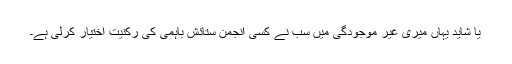
یا شاید یہاں میری غیر موجودگی میں سب نے کسی انجمن ستائش باہمی کی رکنیت اختیار کرلی ہے۔